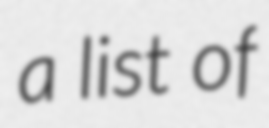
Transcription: a list of